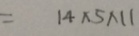
= 1 4 \times 5 \times 1 1